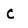
Character: c